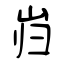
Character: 岿